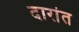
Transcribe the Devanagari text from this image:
दारांत